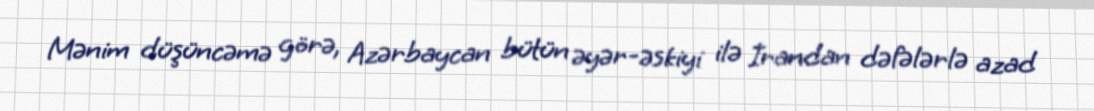
Mənim düşüncəmə görə, Azərbaycan bütün əyər-əskiyi ilə İrandan dəfələrlə azad